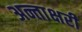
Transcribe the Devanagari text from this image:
अन्ताक्षरी